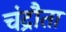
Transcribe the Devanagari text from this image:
चंद्रौता